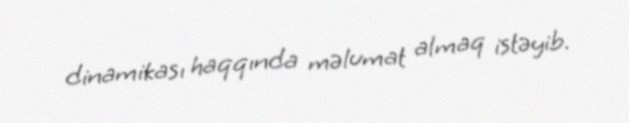
dinamikası haqqında məlumat almaq istəyib.